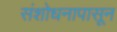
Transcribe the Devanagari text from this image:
संशोधनापासून